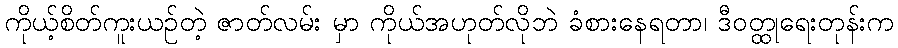
ကိုယ့်စိတ်ကူးယဉ်တဲ့ ဇာတ်လမ်း မှာ ကိုယ်အဟုတ်လိုဘဲ ခံစားနေရတာ၊ ဒီဝတ္ထုရေးတုန်းက